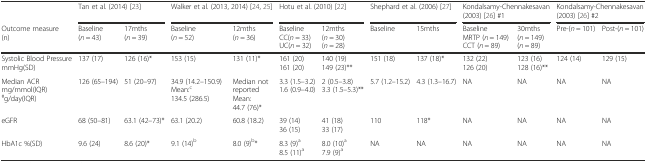
|  | <COLSPAN=2> Tan et al. (2014) [23] | <COLSPAN=2> Walker et al. (2013, 2014) [24, 25] | <COLSPAN=2> Hotu et al. (2010) [22] | <COLSPAN=2> Shephard et al. (2006) [27] | <COLSPAN=2> Kondalsamy-Chennakesavan (2003) [26] #1 | <COLSPAN=2> Kondalsamy-Chennakesavan (2003) [26] #2 |
 | Outcome measure(n) | Baseline(n = 43) | 17mths(n = 39) | Baseline(n = 52) | 12mths(n = 36) | BaselineCC(n = 33)UC(n = 32) | 12mths(n = 30)(n = 28) | Baseline | 15mths | BaselineMRTP (n = 149)CCT (n = 89) | 30mths(n = 149)(n = 89) | Pre-(n = 101) | Post-(n = 101) |
 | --- | --- | --- | --- | --- | --- | --- | --- | --- | --- | --- | --- | --- |
 | Systolic Blood PressuremmHg(SD) | 137 (17) | 126 (16)* | 153 (15) | 131 (11)* | 161 (20)161 (20) | 140 (19)149 (23)** | 151 (18) | 137 (18)* | 132 (22)126 (20) | 123 (16)128 (16)** | 124 (14) | 129 (15) |
 | Median ACRmg/mmol(IQR)#g/day(IQR) | 126 (65–194) | 51 (20–97) | 34.9 (14.2–150.9)Mean:c134.5 (286.5) | Median not reportedMean:44.7 (76)* | 3.3 (1.5–3.2)1.6 (0.9–4.0) | 2 (0.5–3.8)3.3 (1.5–5.3)** | 5.7 (1.2–15.2) | 4.3 (1.3–16.7) | NA | NA | NA | NA |
 | eGFR | 68 (50–81) | 63.1 (42–73)* | 63.1 (20.2) | 60.8 (18.2) | 39 (14)36 (15) | 41 (18)33 (17) | 110 | 118* | NA | NA | NA | NA |
 | HbA1c %(SD) | 9.6 (24) | 8.6 (20)* | 9.1 (14)b | 8.0 (9)b* | 8.3 (9)a8.5 (11)a | 8.0 (10)a7.9 (9)a | NA | NA | NA | NA | NA | NA |